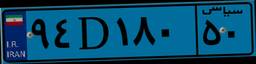
۹۴D۱۸۰۵۰